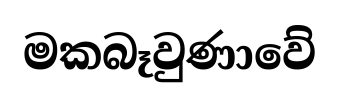
මකබෑවුණාවේ